Indian journal of veterinary science and animal husbandry - Volume 14,
Year: 1944
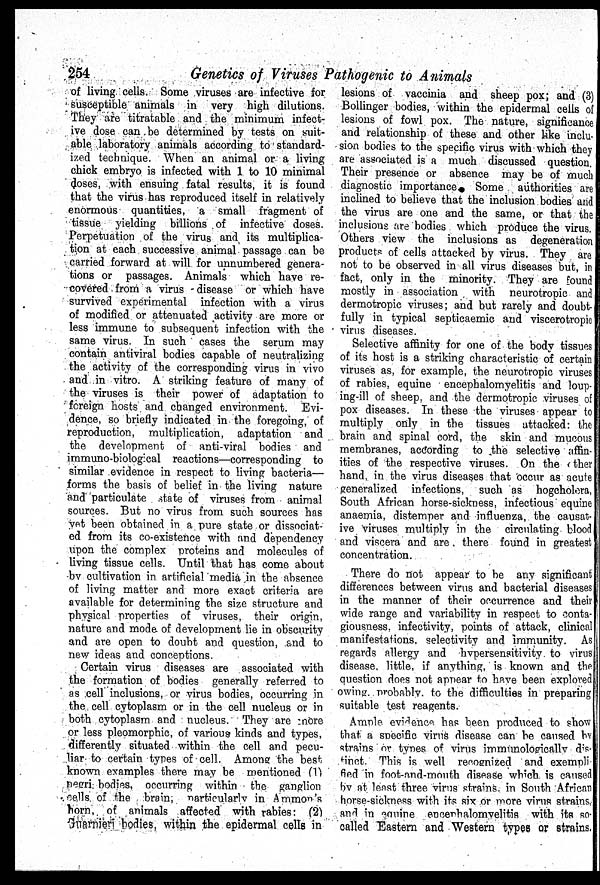
254
Genetics of Viruses Pathogenic to Animals
of living cells. Some viruses are infective for
susceptible animals in very high dilutions.
They are titratable and the minimum infect-
ive dose can be determined by tests on suit-
able laboratory animals according to standard-
ized technique. When an animal or a living
chick embryo is infected with 1 to 10 minimal
doses, with ensuing fatal results, it is found
that the virus has reproduced itself in relatively
enormous quantities, a small fragment of
tissue yielding billions of infective doses.
Perpetuation of the virus and its multiplica-
tion at each successive animal passage can be
carried forward at will for unnumbered genera-
tions or passages. Animals which have re-
covered from a virus disease or which have
survived experimental infection with a virus
of modified or attenuated activity are more or
less immune to subsequent infection with the
same virus. In such cases the serum may
contain antiviral bodies capable of neutralizing
the activity of the corresponding virus in vivo
and in vitro. A striking feature of many of
the viruses is their power of adaptation to
foreign hosts and changed environment. Evi-
dence, so briefly indicated in the foregoing, of
reproduction, multiplication, adaptation and
the development of anti-viral bodies and
immuno-biological reactions—corresponding to
similar evidence in respect to living bacteria—
forms the basis of belief in the living nature
and particulate state of viruses from animal
sources. But no virus from such sources has
yet been obtained in a pure state or dissociat-
ed from its co-existence with and dependency
upon the complex proteins and molecules of
living tissue cells. Until that has come about
by cultivation in artificial media in the absence
of living matter and more exact criteria are
available for determining the size structure and
physical properties of viruses, their origin,
nature and mode of development lie in obscurity
and are open to doubt and question, and to
new ideas and conceptions.
Certain virus diseases are associated with
the formation of bodies generally referred to
as cell inclusions, or virus bodies, occurring in
the cell cytoplasm or in the cell nucleus or in
both cytoplasm and nucleus. They are more
or less pleomorphic, of various kinds and types,
differently situated within the cell and pecu-
liar to certain types of cell. Among the best
known examples there may be mentioned (1)
negri bodies, occurring within the ganglion
cells of the brain, particularly in Ammon's
horn of animals affected with rabies: (2)
Guarnieri bodies, within the epidermal cells in
lesions of vaccinia and sheep pox; and (3)
Bollinger bodies, within the epidermal cells of
lesions of fowl pox. The nature, significance
and relationship of these and other like inclu-
sion bodies to the specific virus with which they
are associated is a much discussed question.
Their presence or absence may be of much
diagnostic importance
Some authorities are
inclined to believe that the inclusion bodies and
the virus are one and the same, or that the
inclusions are bodies which produce the virus.
Others view the inclusions as degeneration
products of cells attacked by virus. They are
not to be observed in all virus diseases but, in
fact, only in the minority. They are found
mostly in association with neurotropic and
dermotropic viruses; and but rarely and doubt-
fully in typical septicaemic and viscerotropic
virus diseases.
Selective affinity for one of the body tissues
of its host is a striking characteristic of certain
viruses as, for example, the neurotropic viruses
of rabies, equine encephalomyelitis and loup-
ing-ill of sheep, and the dermotropic viruses of
pox diseases. In these the viruses appear to
multiply only in the tissues attacked: the
brain and spinal cord, the skin and mucous
membranes, according to the selective affin-
ities of the respective viruses. On the other
hand, in the virus diseases that occur as acute
generalized infections, such as hogcholera,
South African horse-sickness, infectious equine
anaemia, distemper and influenza, the causat-
ive viruses multiply in the circulating blood
and viscera and are there found in greatest
concentration.
There do not appear to be any significant
differences between virus and bacterial diseases
in the manner of their occurrence and their
wide range and variability in respect to conta-
giousness, infectivity, points of attack, clinical
manifestations, selectivity and immunity. As
regards allergy and hypersensitivity to virus
disease, little, if anything, is known and the
question does not appear to have been explored
owing, probably, to the difficulties in preparing
suitable test reagents.
Ample evidence has been produced to show
that a specific virus disease can be caused by
strains or types of virus immunologically dis¬
tinct. This is well recognized and exempli
fied in foot-and-mouth disease which is caused
by at least three virus strains. in South African
horse-sickness with its six or more virus strains
and in equine encephalomyelitis with its so
called Eastern and Western types or strains.